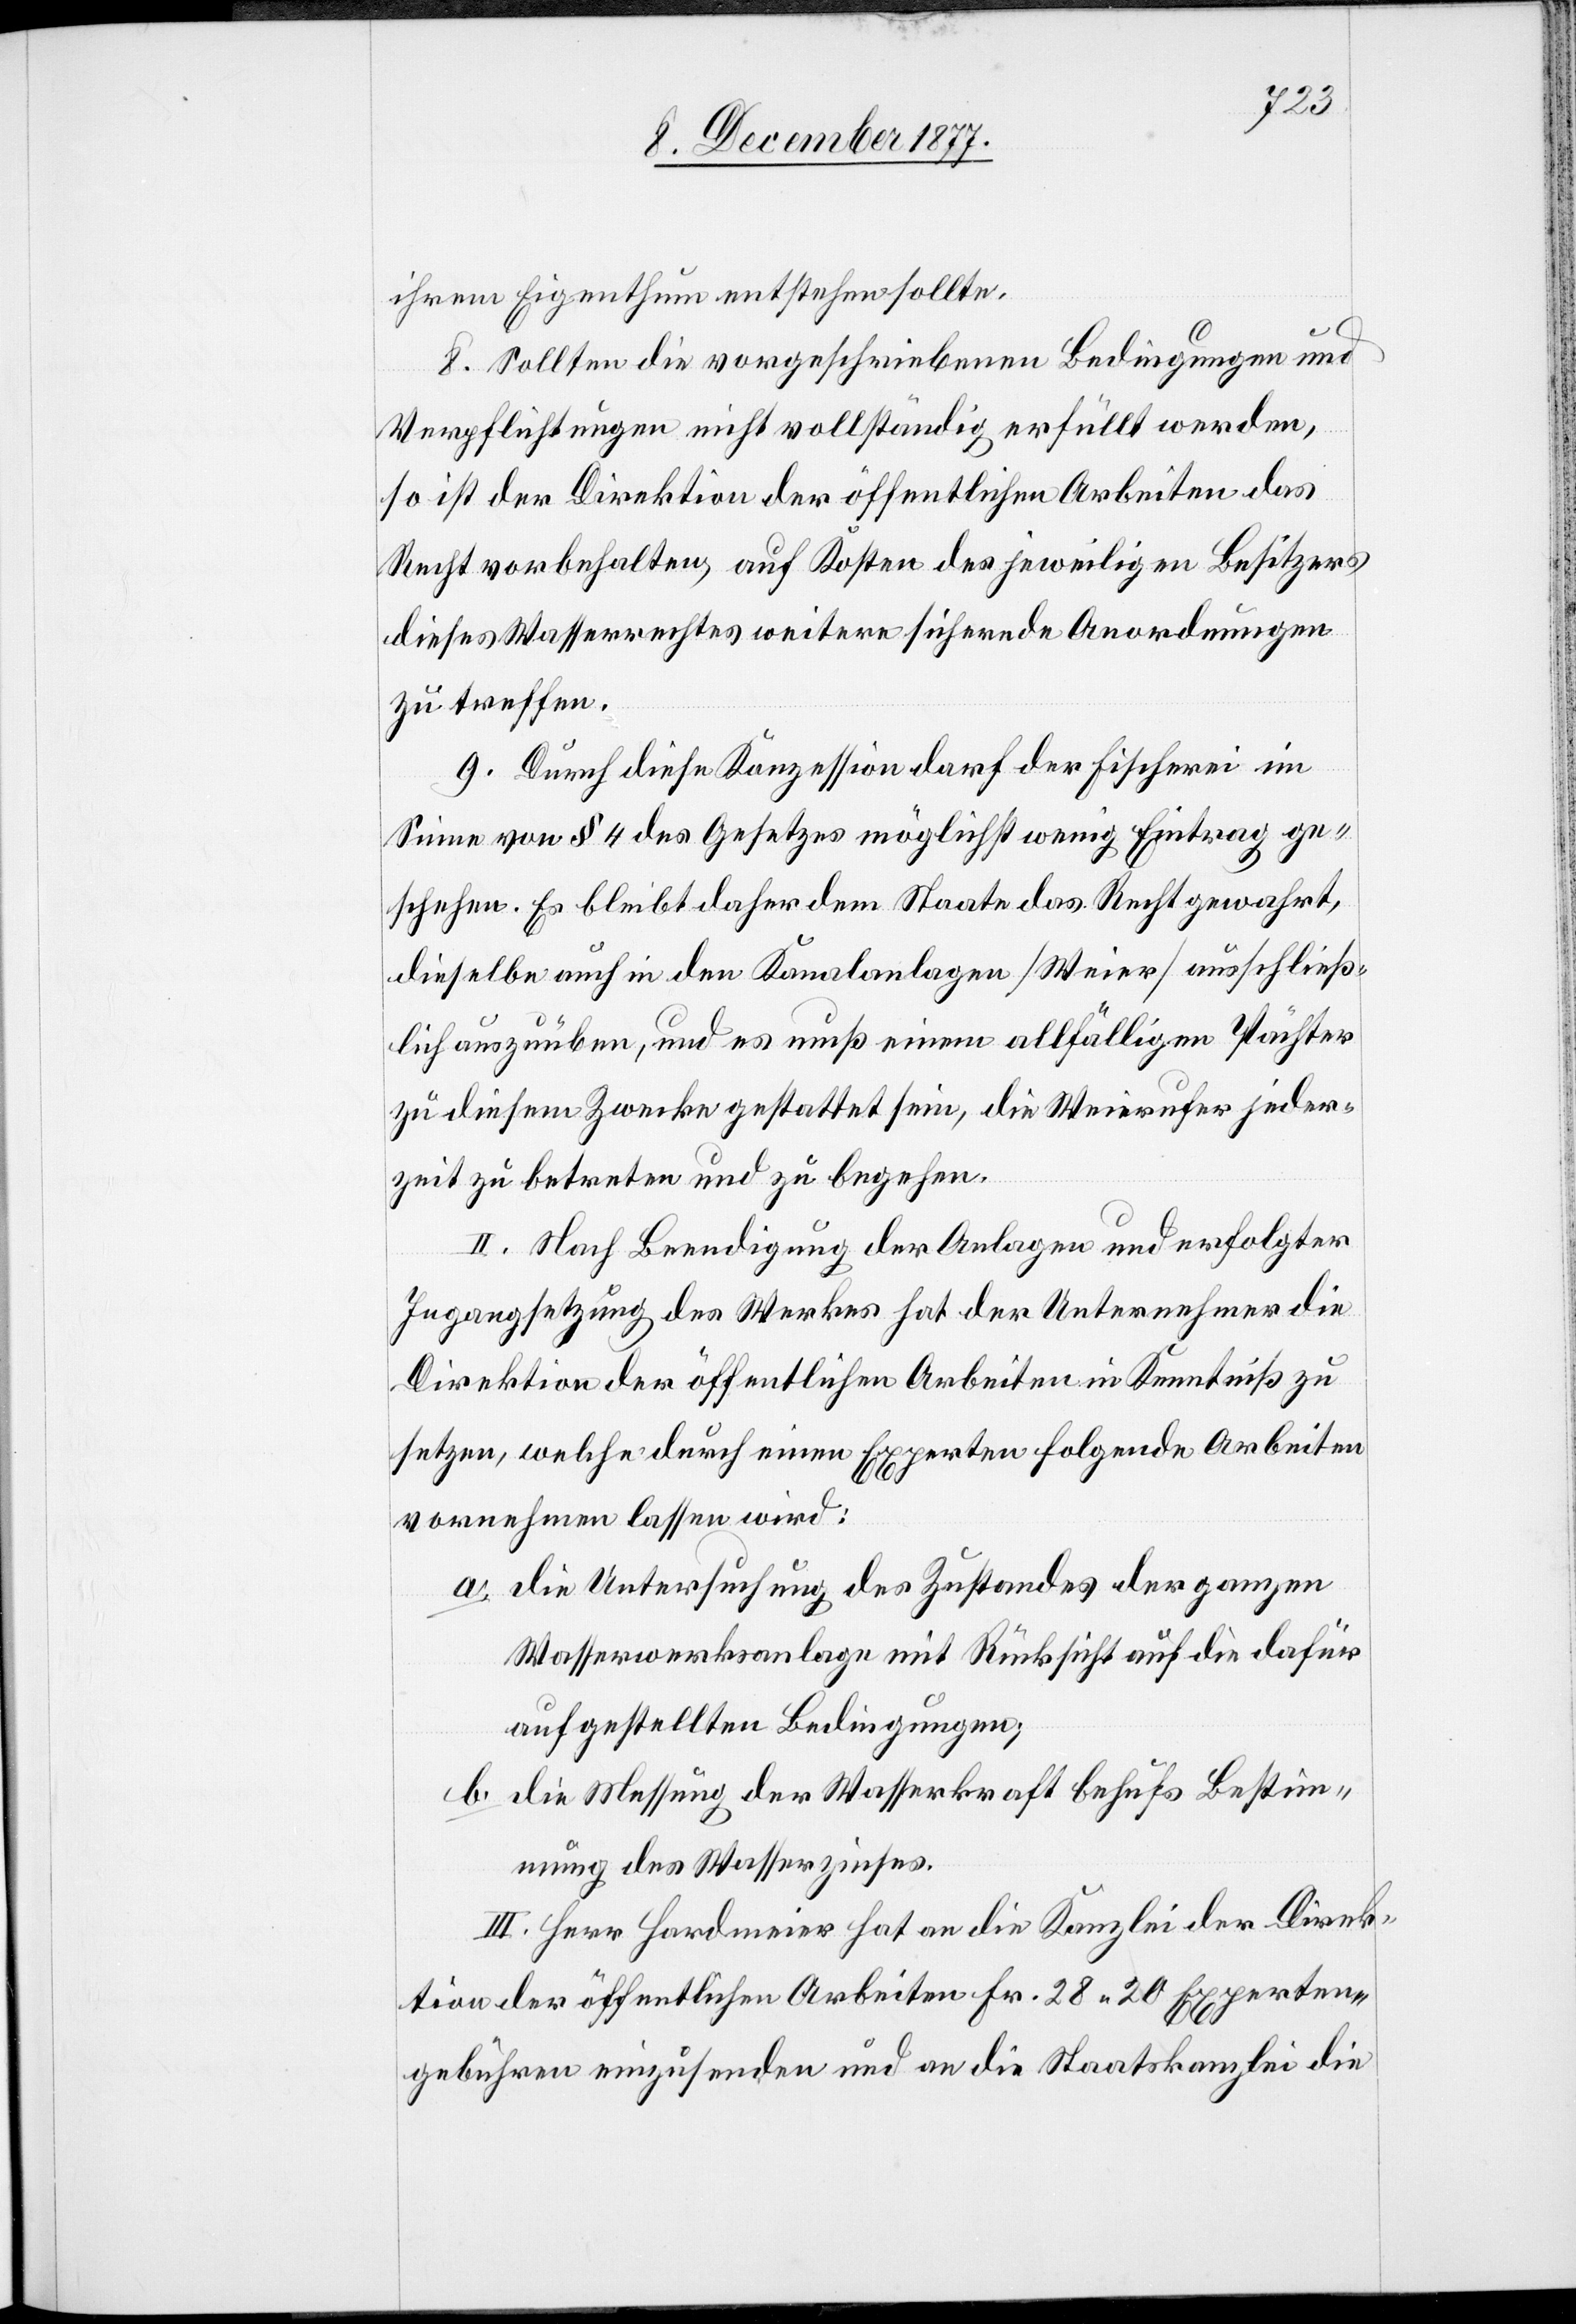
ihrem Eigenthum entstehen sollte.
8. Sollten die vorgeschriebenen Bedingungen und
Verpflichtungen nicht vollständig erfüllt werden,
so ist der Direktion der öffentlichen Arbeiten das
Recht vorbehalten, auf Kosten des jeweiligen Besitzers
dieses Wasserrechtes weitere sichernde Anordnungen
zu treffen.
9. Durch diese Konzession darf der Fischerei im
Sinne von § 4 des Gesetzes möglichst wenig Eintrag ge¬
schehen. Es bleibt daher dem Staate das Recht gewahrt,
dieselbe auch in den Kanalanlagen [Weier] ausschließ¬
lich auszuüben, und es muß einem allfälligen Pächter
zu diesem Zwecke gestattet sein, die Weierufer jeder¬
zeit zu betreten und zu begehen.
II. Nach Beendigung der Anlagen und erfolgter
Ingangsetzung des Werkes hat der Unternehmer die
Direktion der öffentlichen Arbeiten in Kenntniß zu
setzen, welche durch einen Experten folgende Arbeiten
vornehmen lassen wird:
die Untersuchung des Zustandes der ganzen
Wasserwerksanlage mit Rücksicht auf die dafür
aufgestellten Bedingungen;
die Messung der Wasserkraft behufs Bestim¬
mung des Wasserzinses.
III. Herr Hardmeier hat an die Kanzlei der Direk¬
tion der öffentlichen Arbeiten Fr. 28 30 Experten¬
gebühren einzusenden und an die Staatskanzlei die